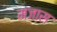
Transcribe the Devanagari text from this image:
मजास